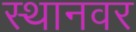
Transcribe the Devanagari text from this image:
स्थानवर